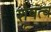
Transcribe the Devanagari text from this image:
शेषत्व